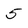
Character: 5